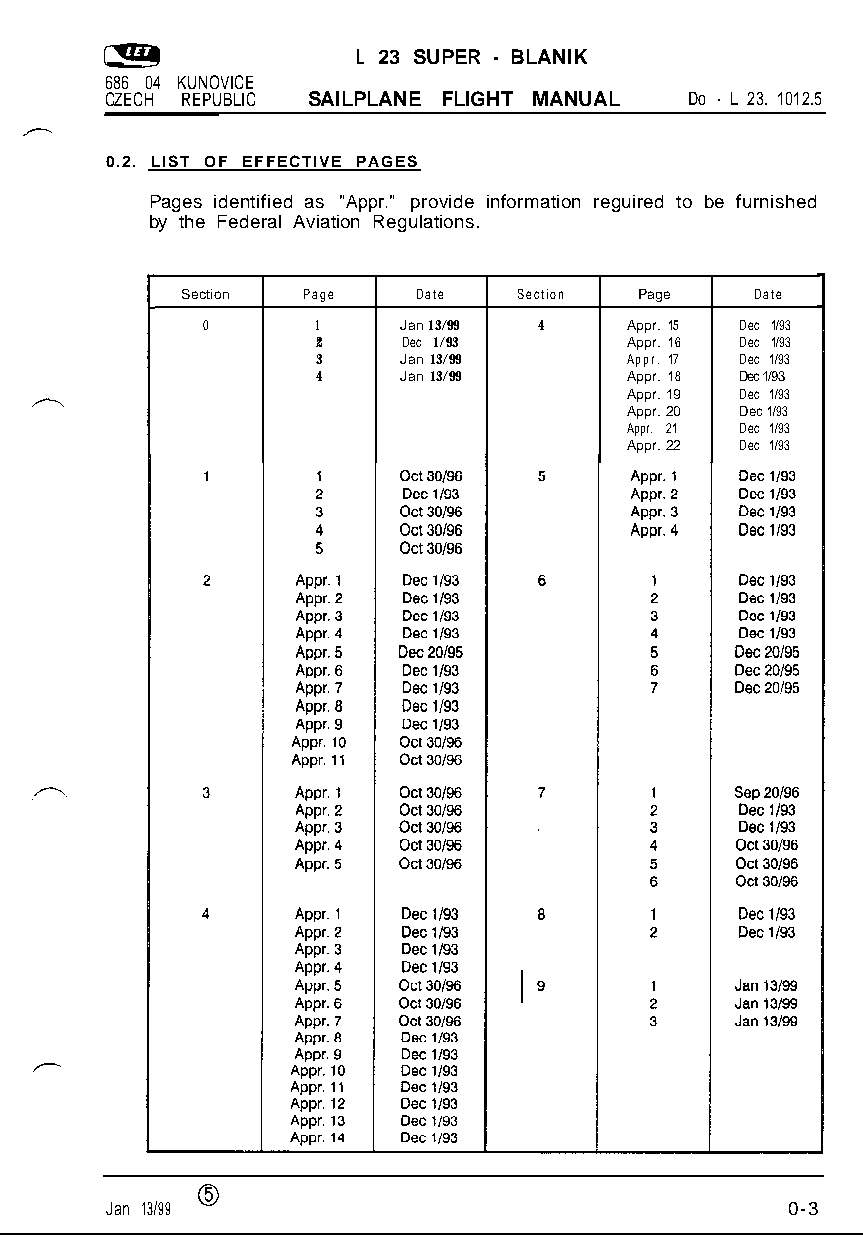
L 23 SUPER - BLANIK
 686 04 KUNOVICE
 CZECH REPUBLIC SAILPLANE FLIGHT MANUAL Do - L 23. 1012.5
 0.2. LIST OF EFFECTIVE PAGES
 Pages identified as "Appr." provide information reguired to be furnished
 by the Federal Aviation Regulations.
 Section Page    Date  Section Page    Date
 0       1    Jan 13/99 4    Appr. 15 Dec 1/93
 2     Dec 1/93      Appr. 16 Dec 1/93
 3    Jan 13/99      Appr. 17 Dec 1/93
 4    Jan 13/99      Appr. 18 Dec 1/93
 Appr. 19 Dec 1/93
 Appr. 20 Dec 1/93
 Appr. 21 Dec 1/93
 Appr. 22 Dec 1/93
 0
 Jan 13/99                                    0-3